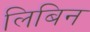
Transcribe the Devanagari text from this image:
लिबिन